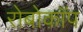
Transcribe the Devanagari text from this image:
रोबोकाॅप